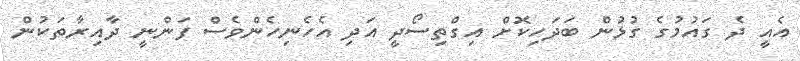
އެއީ ދެ ގައުމުގެ ގުޅުން ބަދަހިކޮށް އިގްތިސޯދީ އަދި އެހެނިހެންވެސް ފަންނީ ދާއިރާތަކުން